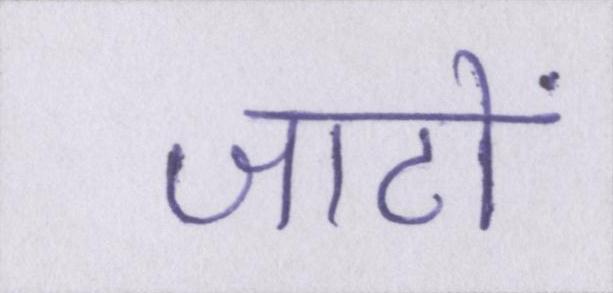
जाटों